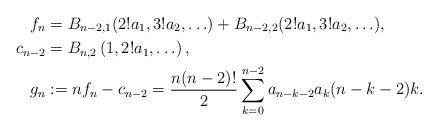
LaTeX: \begin{align*}f_n&= B_{n-2,1} ( 2! a_1, 3! a_2, \ldots) + B_{n-2,2} (2! a_1, 3! a_2, \ldots ), \\ c_{n-2}&=B_{n,2} \left( 1, 2! a_1, \ldots \right) ,\\g_n &:= n f_n - c_{n-2}= \frac {n(n-2)!}{2 } \sum_{k=0}^{n-2} a_{n-k-2} a_k (n-k-2) k .\end{align*}